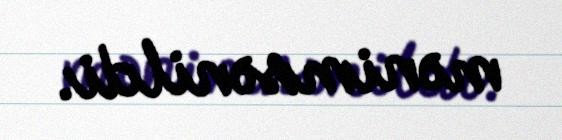
mənimsənildi.